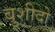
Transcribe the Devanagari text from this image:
बुशीदो